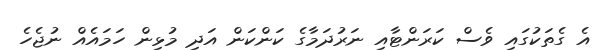
އެ ގެތަކުގައި ވެސް ކަރަންޓާއި ނަރުދަމާގެ ކަންކަން އަދި މުޅިން ހަމައެއް ނުޖެހެ